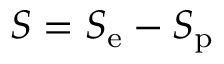
S = S _ { \mathrm { e } } - S _ { \mathrm { p } }